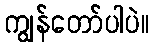
ကျွန်တော်ပါပဲ။